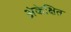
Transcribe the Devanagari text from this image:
अंकेक्षित